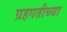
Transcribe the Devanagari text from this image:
ग्रहगतीच्या